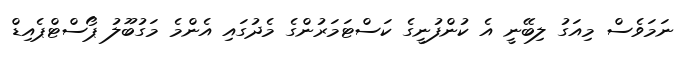
ނަމަވެސް މިއަގު ލިބޭނީ އެ ކުންފުނީގެ ކަސްޓަމަރުންގެ މެދުގައި އެންމެ މަގުބޫލު ޕޯސްޓްޕެއިޑް